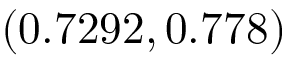
( 0 . 7 2 9 2 , 0 . 7 7 8 )